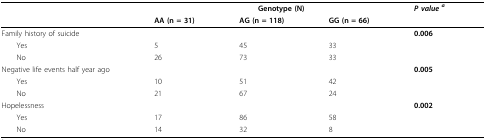
<table><thead><tr><td></td><td colspan="3"><b>Genotype (N)</b></td><td><b><i>P value <sup>a</sup></i></b></td></tr><tr><td></td><td><b>AA (n = 31)</b></td><td><b>AG (n = 118)</b></td><td><b>GG (n = 66)</b></td><td></td></tr></thead><tbody><tr><td>Family history of suicide</td><td></td><td></td><td></td><td><b>0.006</b></td></tr><tr><td> Yes</td><td>5</td><td>45</td><td>33</td><td></td></tr><tr><td> No</td><td>26</td><td>73</td><td>33</td><td></td></tr><tr><td>Negative life events half year ago</td><td></td><td></td><td></td><td><b>0.005</b></td></tr><tr><td> Yes</td><td>10</td><td>51</td><td>42</td><td></td></tr><tr><td> No</td><td>21</td><td>67</td><td>24</td><td></td></tr><tr><td>Hopelessness</td><td></td><td></td><td></td><td><b>0.002</b></td></tr><tr><td> Yes</td><td>17</td><td>86</td><td>58</td><td></td></tr><tr><td> No</td><td>14</td><td>32</td><td>8</td><td></td></tr></tbody></table>